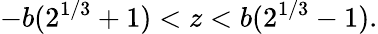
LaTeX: -b(2^{1/3}+1)<z<b(2^{1/3}-1).